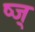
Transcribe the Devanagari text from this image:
ष्ज्